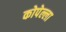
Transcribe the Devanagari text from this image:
कोपेल्ला